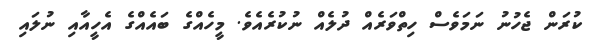
ކުރަން ޖެހުނު ނަމަވެސް ހިތްވަރެއް ދުލެއް ނުކުރެއެވެ. މީހެއްގެ ބައެއްގެ އެހީއާއި ނުލައި